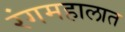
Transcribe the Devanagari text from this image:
रंगमहालात